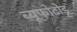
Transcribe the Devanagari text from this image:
ब्यूफोटोड